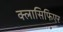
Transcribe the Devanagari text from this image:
क्लासिफिएर